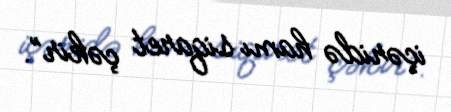
içəridə hamı siqaret çəkir”.